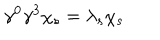
LaTeX: \gamma ^ { 0 } \gamma ^ { 3 } \chi _ { s } = \lambda _ { s } \chi _ { s } \,